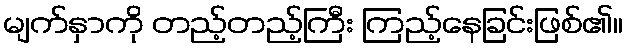
မျက်နှာကို တည့်တည့်ကြီး ကြည့်နေခြင်းဖြစ်၏။